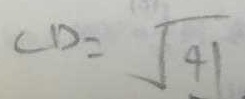
C D = \sqrt { 4 1 }